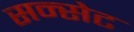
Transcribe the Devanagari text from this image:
सन्सेट